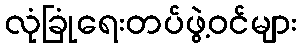
လုံခြုံရေးတပ်ဖွဲ့ဝင်များ